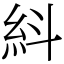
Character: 紏